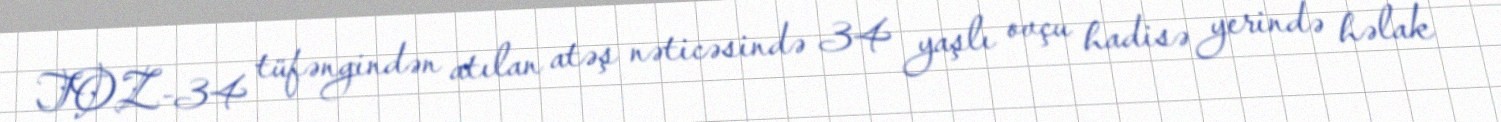
TOZ-34 tüfəngindən atılan atəş nəticəsində 34 yaşlı ovçu hadisə yerində həlak